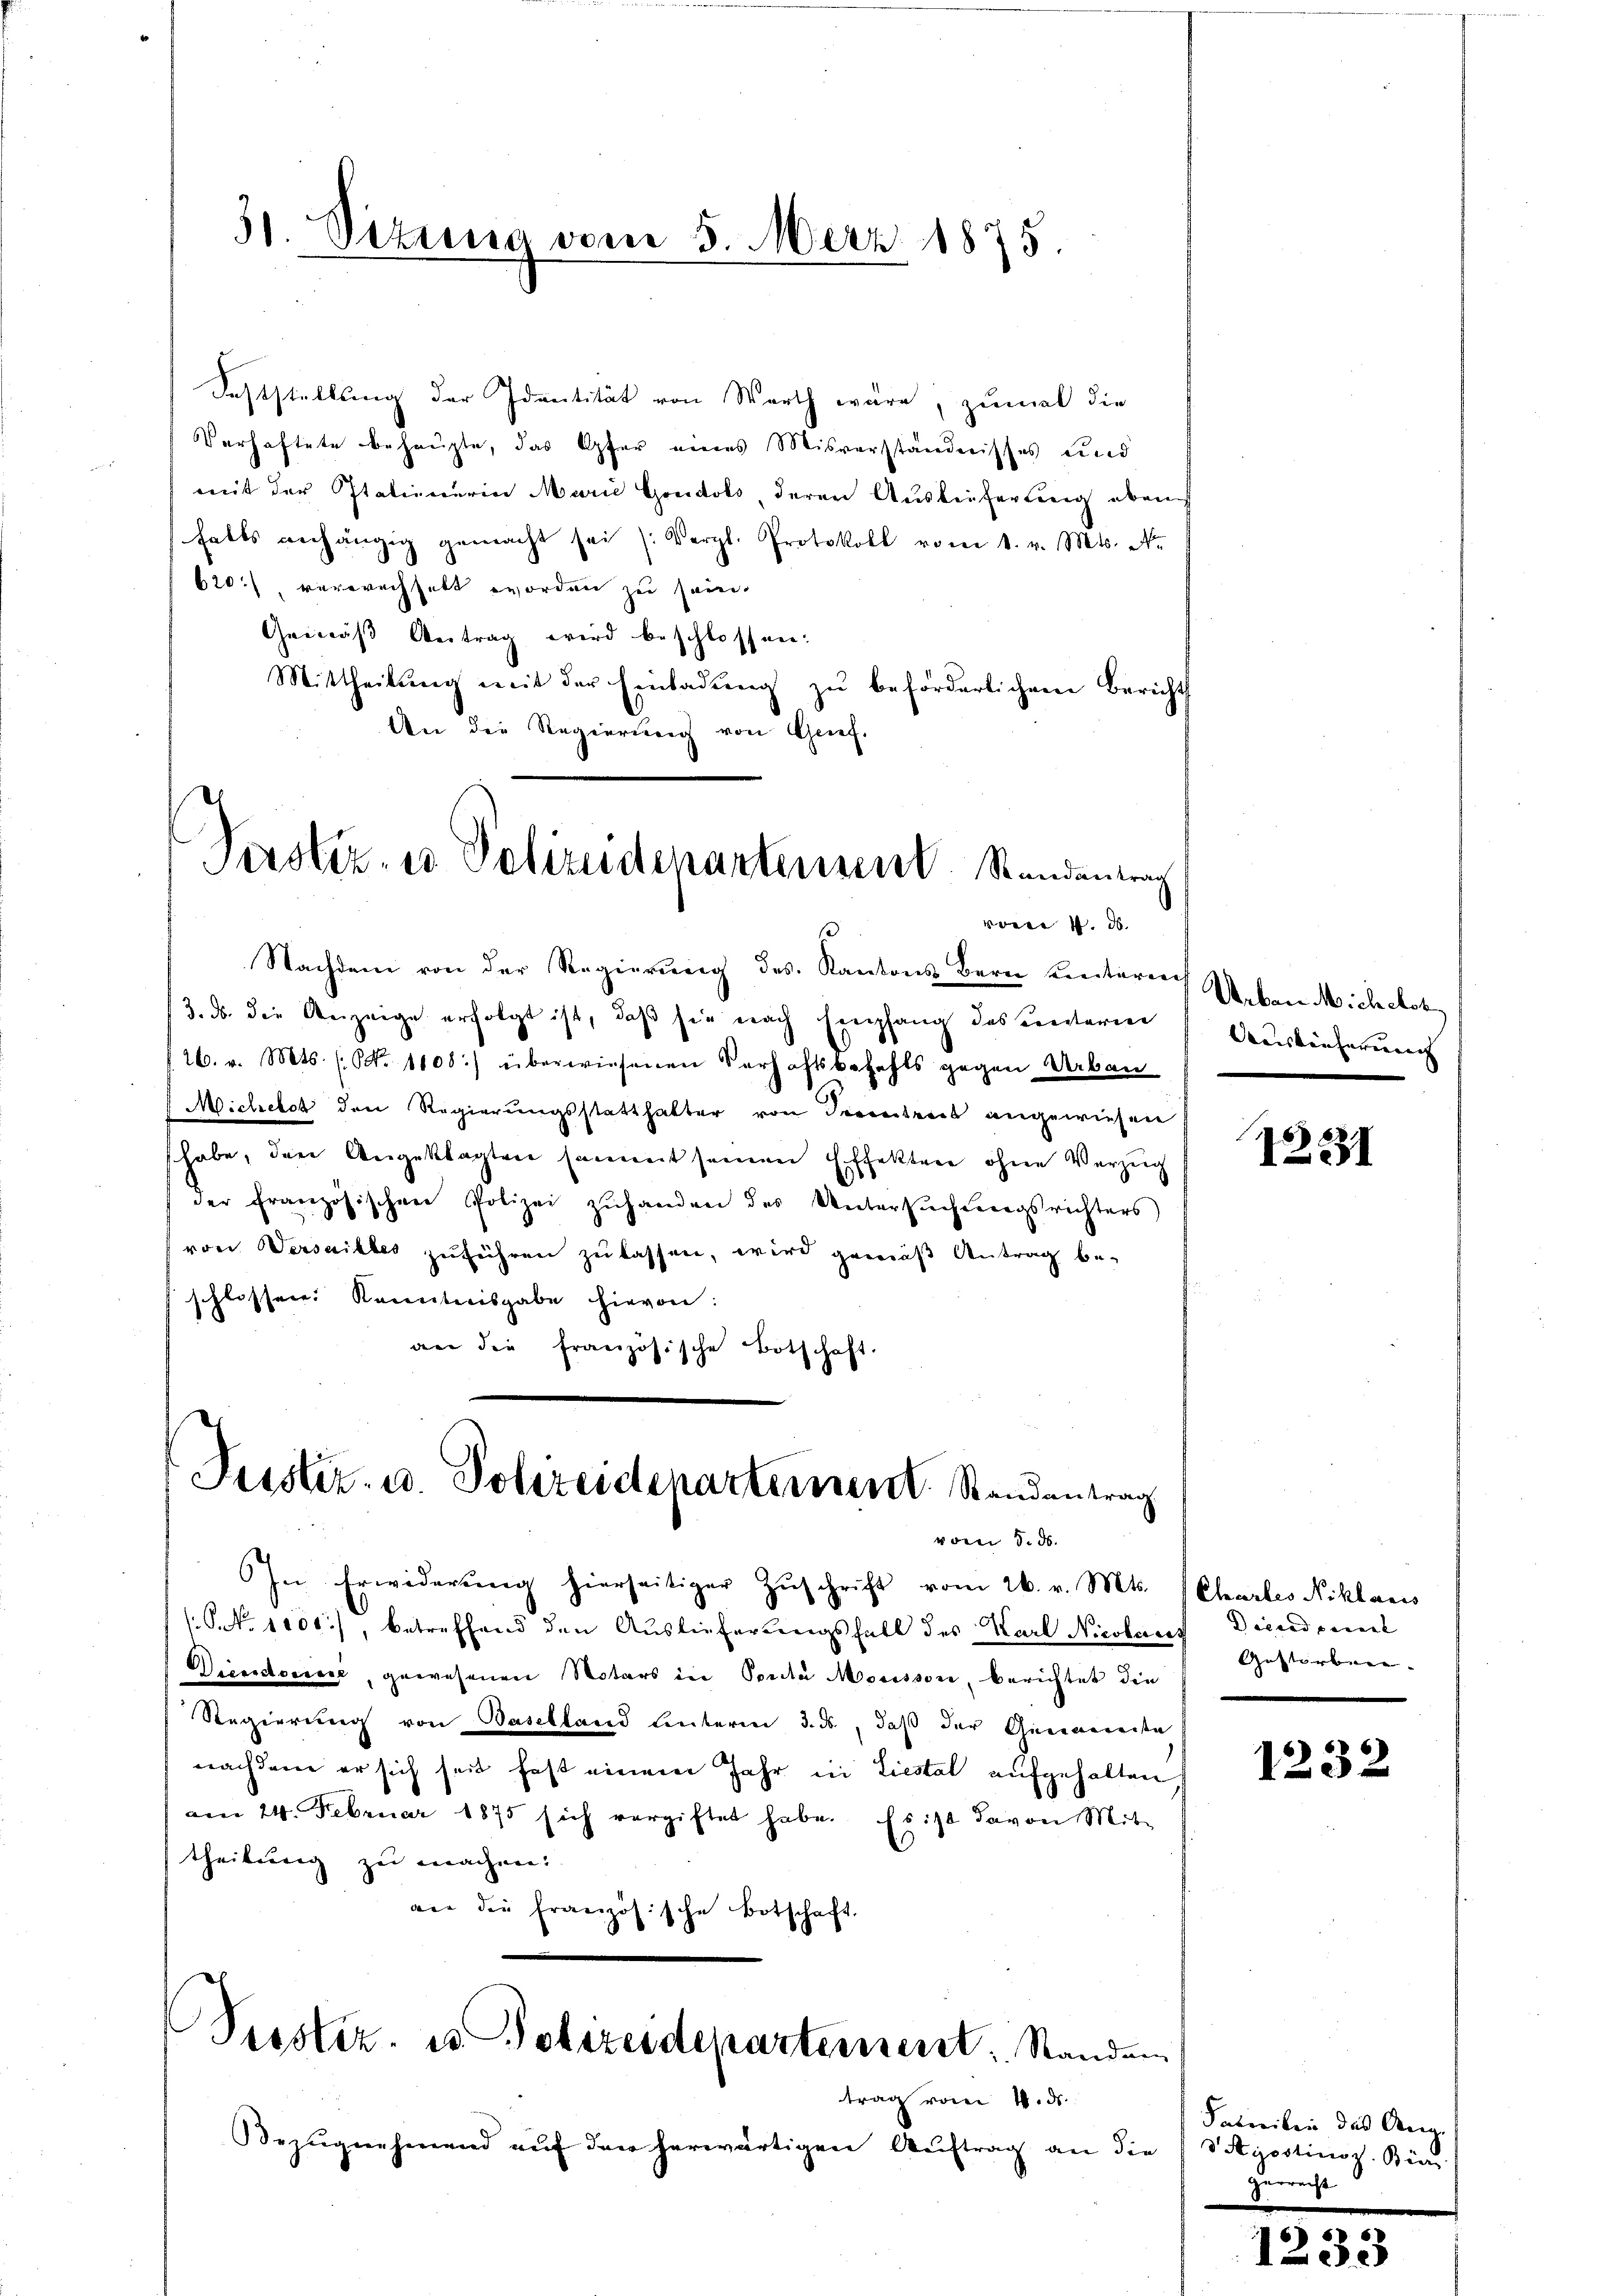
31. Sezung vom 5. März 1875.

Feststellung der Identität von Werth wäre, zumal die
Verhaftete behaupte, das Opfer eines Misverständnisses und
mit der Italienerin Marie Gondols, deren Auslieferung eben
halts anhängig gemacht sei (: Vergl. Protokoll vom 1. v. Mts. N
620), verwechselt worden zu sein.
Gemäß Antrag wird beschlossen:
Mittheilung mit der Einladung zu beförderlichem Bericht
An die Regierung von Grief.

Perstiz, es Polizeidepartensent. Standentrag
v 4. d.

Nachdem von der Regierung des Kantons Bern unterrich Ueber Michchok
3. ds. die Anzeige erfolgt ist, daß sie nach Empfang des certarie
26. v. Mts. (N. 1108) überwiesenen Verhaftsbezahls gegen Urbau
Michelst den Regierungsstatthalter von Seitens angewiesen
habe, den Angeklagten sammt seinen Effekten ohne Verzug
der französischen Polizei zŭhanden des Untersŭchŭngsrichters
von Versailber zuführen zu lassen, wird gemäß Antrag be-
schlossen. Kenntnisgabe hievon:
an die französische Botschaft

Justiz- u. Polizeidenartement. Randantrag
vom 8. d.

Bezŭgnehmend aŭf den herwärtigen Aŭftrag an die (Styostinoz. Bund

In Erwiderung hierseitiger Zuschrift vom 26. v. Mts.
P. Nr. 1100), betreffend den Auslieferungsfall des Karl Nicolaus Decudoul
Diensdorf, gewesenen Notars in Sonde Mousson, berichtet die
Regierung von Baselland hinterm 3. ds., daß der Genovereite
nachdem er sich seit fast einem Jahr in Liestal aufgehalten,
am 24. Februar 1875 sich vergiftet habe. Es ist davon Mit-
theilung zu machen.
an die französische Botschaft.

Seestiz- u Polizeidepartement: Standen
trag vom 4. ds.

Mauskäuferung

.
1231

Chartes Niklaris
Gestorbene

1232

Fatreiben das Aug.
zerrecht

33